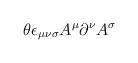
LaTeX: \begin{align*}\theta \epsilon_{\mu\nu\sigma}A^\mu\partial^\nu A^\sigma\end{align*}